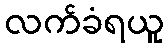
လက်ခံရယူ